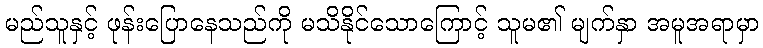
မည်သူနှင့် ဖုန်းပြောနေသည်ကို မသိနိုင်သောကြောင့် သူမ၏ မျက်နှာ အမူအရာမှာ